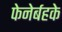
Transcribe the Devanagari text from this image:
फेनेर्बहके